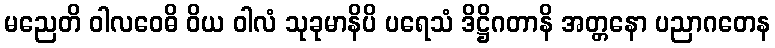
မညေတိ ဝါလဝေဓိ ဝိယ ဝါလံ သုခုမာနိပိ ပရေသံ ဒိဋ္ဌိဂတာနိ အတ္တနော ပညာဂတေန